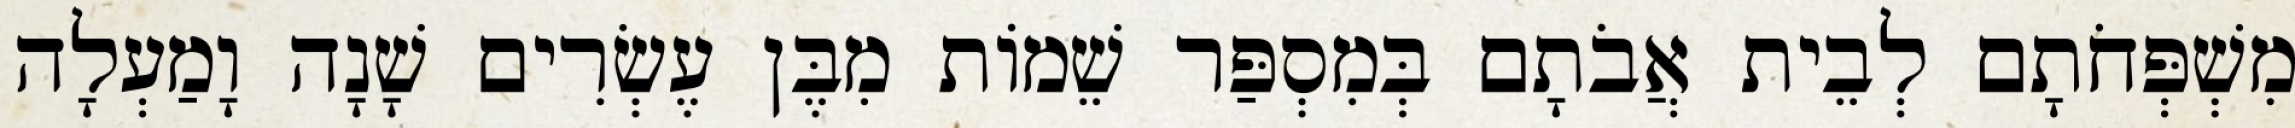
מִשְׁפְּחֹתָם לְבֵית אֲבֹתָם בְּמִסְפַּר שֵׁמוֹת מִבֶּן עֶשְׂרִים שָׁנָה וָמַעְלָה